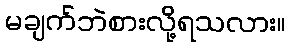
မချက်ဘဲစားလို့ရသလား။